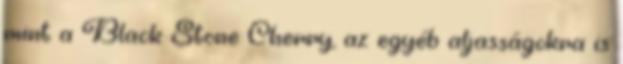
mint a Black Stone Cherry, az egyéb aljasságokra is